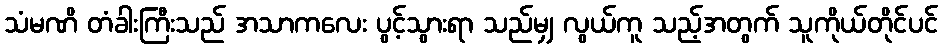
သံမဏိ တံခါးကြီးသည် အသာကလေး ပွင့်သွားရာ သည်မျှ လွယ်ကူ သည့်အတွက် သူကိုယ်တိုင်ပင်